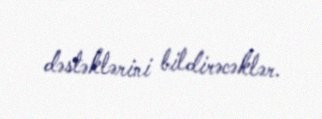
dəstəklərini bildirəcəklər.